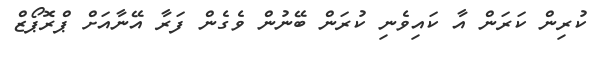
ކުރިން ކަރަން އާ ކައިވެނި ކުރަން ބޭނުން ވެގެން ފަރާ އޭނާއަށް ޕްރޮޕޯޒް